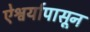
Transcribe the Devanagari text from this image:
ऐश्वर्यापासून